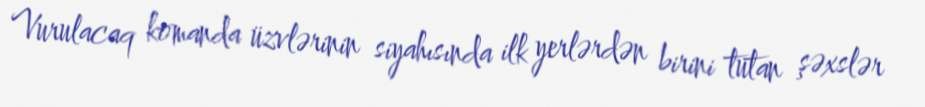
Vurulacaq komanda üzvlərinin siyahısında ilk yerlərdən birini tutan şəxslər